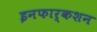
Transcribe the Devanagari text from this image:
इनफार्कशन